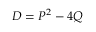
D = P ^ { 2 } - 4 Q